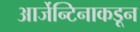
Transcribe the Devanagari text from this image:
आर्जेन्टिनाकडून